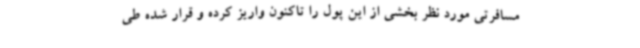
مسافرتی مورد نظر بخشی از این پول را تاکنون واریز کرده و قرار شده طی